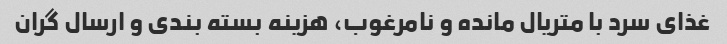
غذای سرد با متریال مانده و نامرغوب، هزینه بسته بندی و ارسال گران